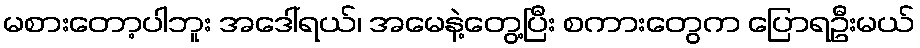
မစားတော့ပါဘူး အဒေါ်ရယ်၊ အမေနဲ့တွေ့ပြီး စကားတွေက ပြောရဦးမယ်